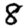
Digit: 8